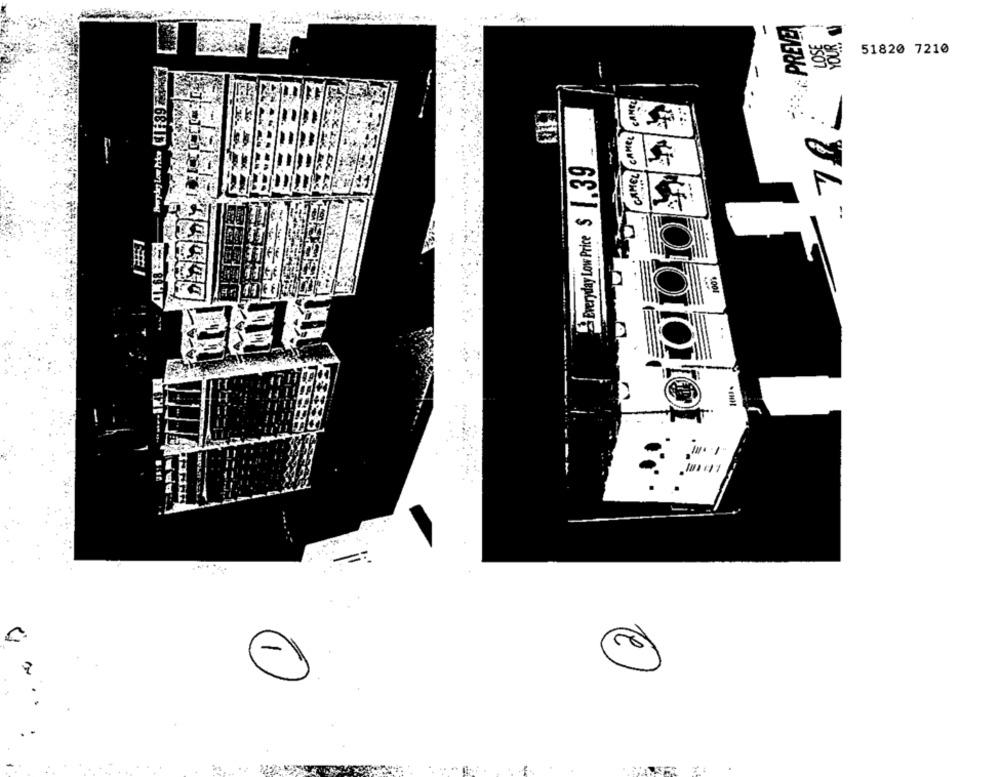
PREVE
e.
51820 7210
. 1
AHEL
Everyday Low Price $ 1.39
CAMEL
1.001
-
..
= =